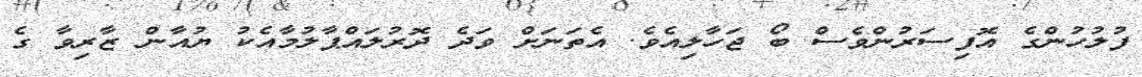
ފުލުހުންގެ އޮފިސަރުންވެސް ބޯ ޖަހާލިއެވެ. އެތަނަށް ވަދެ ދޮރުލައްޕާލުމާއެކު ޔުއާން ޒާރިވާ ގެ